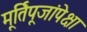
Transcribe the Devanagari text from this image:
मूर्तिपूजांपेक्षा